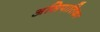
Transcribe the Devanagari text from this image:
असिपातिका